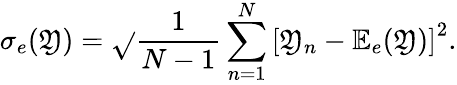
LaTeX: \sigma_{e}(\mathfrak{Y})=\sqrt{}{{\frac{{1}}{{N-1}}\sum_{n=1}^{N}\left[\mathfrak{Y}_{n}-{\mathbb{E}}_{e}(\mathfrak{Y})\right]^{2}}}.